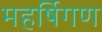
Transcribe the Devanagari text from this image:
महर्षिगण